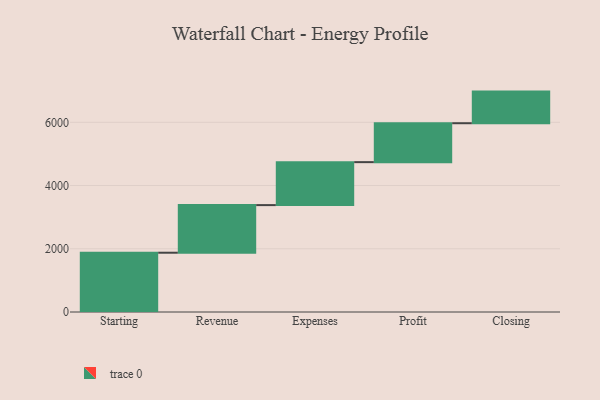
{"axis": {"x": "Step", "y": "Value"}, "legend": [""], "data": [{"x": "Starting", "y": 1875.0, "type": ""}, {"x": "Revenue", "y": 1506.0, "type": ""}, {"x": "Expenses", "y": 1359.0, "type": ""}, {"x": "Profit", "y": 1231.0, "type": ""}, {"x": "Closing", "y": 1000, "type": ""}]}